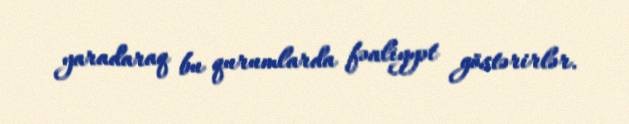
yaradaraq bu qurumlarda fəaliyyət göstərirlər.